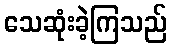
သေဆုံးခဲ့ကြသည်